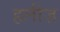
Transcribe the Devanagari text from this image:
हलीज़